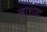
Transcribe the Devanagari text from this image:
बाशाद